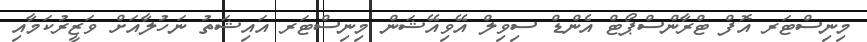
މިނިސްޓަރ އޮފް ޓްރާންސްޕޯޓް އެންޑް ސިވިލް އޭވިއޭޝަން މިނިސްޓަރ އައިޝަތު ނަހުލާއަށް ވަޒީރުކަމާއި